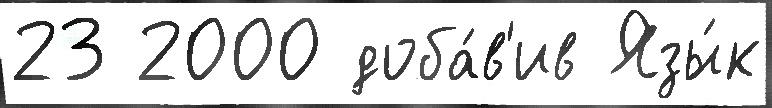
23 2000 доба́в'ив Язы́к